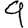
Digit: 9